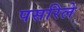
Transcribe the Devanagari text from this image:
पसरिले